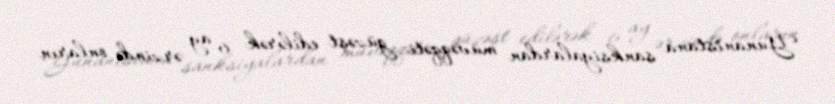
Yunanıstana sanksiyalardan müvəqqəti güzəşt edilərək 6 ay ərzində onların